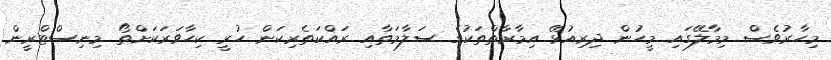
މިޙާރުވެސް މިމާލޭގައި މީހުން ދިރިއުޅޭ އިމާރާތްތަކުގެ ސަލާމަތާއި ރައްކަތެރިކަން ހުރީ ކިހާވަރަކަށްތޯ މިނިސްޓްރީން